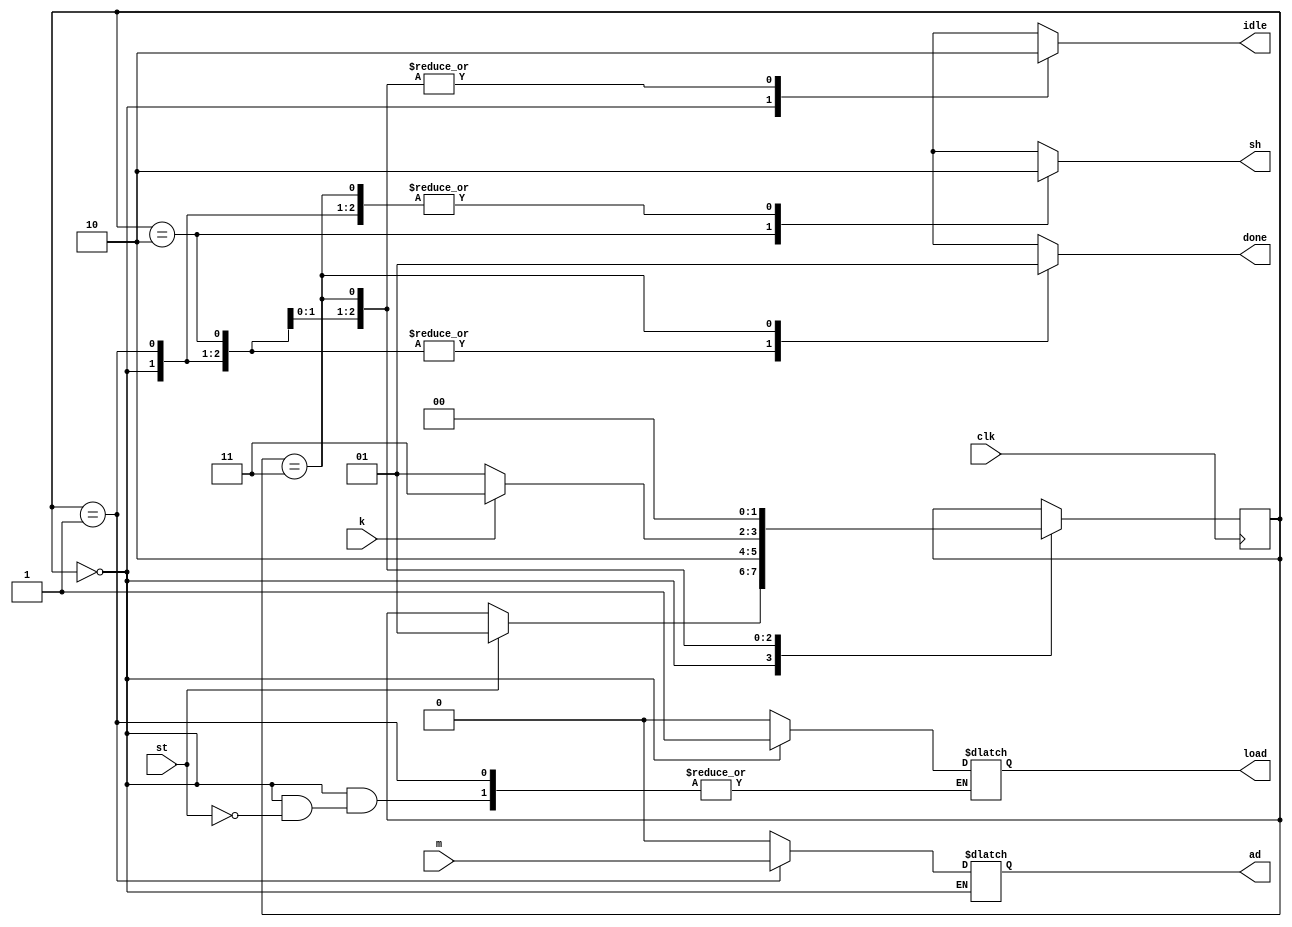
module Control(m, st, clk, k, idle, done, load, sh, ad);

	// Input Port(s)
	input st, clk, k, m;
	

	// Output Port(s)
	output reg done, idle, load, sh, ad;
	
	reg[1:0] state = 0;
	
	parameter S0 = 0, S1 = 1, S2 = 2, S3 = 3;
	
	//Maquina de estados especificada no trabalho
	
	// Saidas que dependem somente dos estados
	always @ (state) begin
		case (state)
			S0:
				begin
					idle = 1;
					done = 0;
					sh = 0;
				end
			S1:
				begin
					idle = 0;
					done = 0;
					sh = 0;
				end
			S2:
				begin
					idle = 0;
					done = 0;
					sh = 1;
				end
			S3:
				begin
					idle = 0;
					done = 1;
					sh = 0;
				end
		endcase
	end

	// Determinaao dos proximos estados
	always @ (posedge clk) begin
		case (state)
			S0:
				if(st) state <= S1;
			S1:
				state <= S2;
			S2:
				if (k)
					state <= S3;
				else
					state <= S1;
			S3:
				state <= S0;
		endcase
	end

	//Saidas que dependem da entrada e do estado
	always@(*) begin
		case (state)
			S0:
				if(st) load = 1;
			S1:
				ad = m;
			default:
				begin
					ad = 0;
					load = 0;
				end
		endcase
	end

endmodule